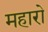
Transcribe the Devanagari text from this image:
महारो